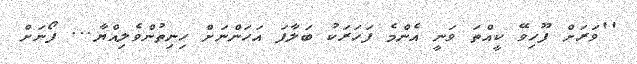
''ވަރަށް ފޫހިވޭ ކީއްތަ ވަނީ އެންމެ ފަހަރަކު ބަލާފަ އަހަންނަށް ހިނިތުންވެލިއްޔާ... ފޯނަށް